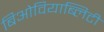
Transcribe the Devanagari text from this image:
बिओवियाब्लिटी